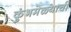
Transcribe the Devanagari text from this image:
कुंभमेळ्याची